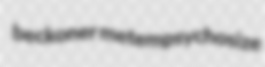
beckoner metempsychosize